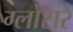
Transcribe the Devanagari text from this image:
ग्लोसरे